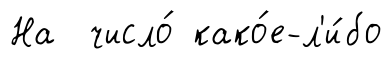
На число́ како́е-л'и́бо